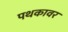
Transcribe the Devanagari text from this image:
पथकावर